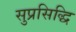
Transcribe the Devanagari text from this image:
सुप्रसिद्धि